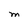
Character: m